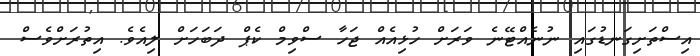
އިސްތަށިގަނޑުގައި ނުނެއްޓޭނެ ވަރަށް ހުޅިއެއް ޖަހާ ސްވިމް ކެޕް ދަބަހަށް ލިއެވެ. އިތުރަށްވެސް